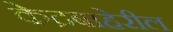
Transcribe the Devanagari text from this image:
केद्रबाहेरील